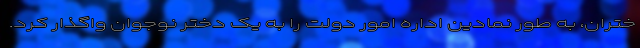
ختران، به طور نمادین اداره امور دولت را به یک دختر نوجوان واگذار کرد.